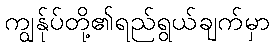
ကျွန်ုပ်တို့၏ရည်ရွယ်ချက်မှာ